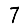
Digit: 7